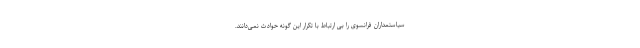
سیاستمداران فرانسوی را بی ارتباط با تکرار این گونه حوادث نمی‌دانند.